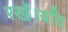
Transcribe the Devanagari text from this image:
रखें।यदि